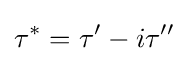
\tau ^{*}=\tau '-i\tau ''